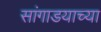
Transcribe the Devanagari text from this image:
सांगाडयाच्या